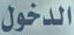
الدخول